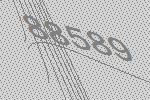
88589